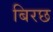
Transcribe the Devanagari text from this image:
बिरछ